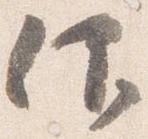
仰